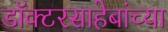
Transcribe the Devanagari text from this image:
डॉक्टरसाहेबांच्या